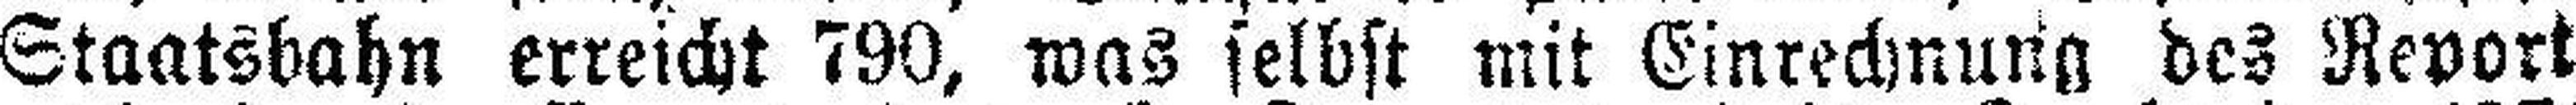
Staatsbahn erreicht 790, was selbst mit Einrechnung des Revort